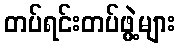
တပ်ရင်းတပ်ဖွဲ့များ